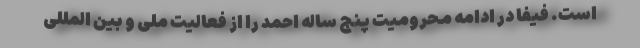
است. فیفا در ادامه محرومیت پنج ساله احمد را از فعالیت ملی و بین المللی